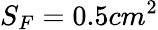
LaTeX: S_{F}=0.5cm^{2}